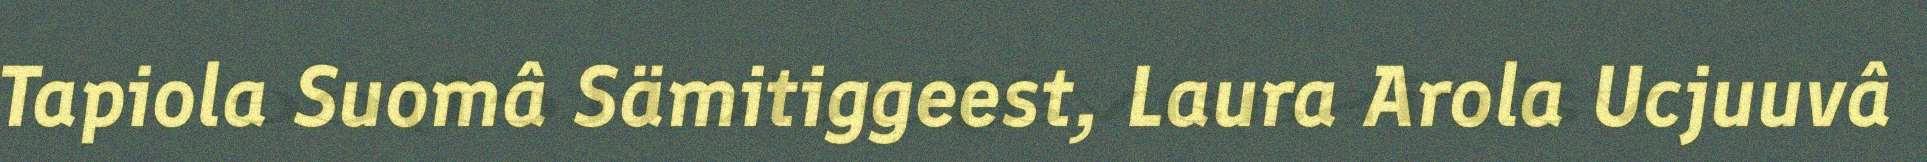
Tapiola Suomâ Sämitiggeest, Laura Arola Ucjuuvâ